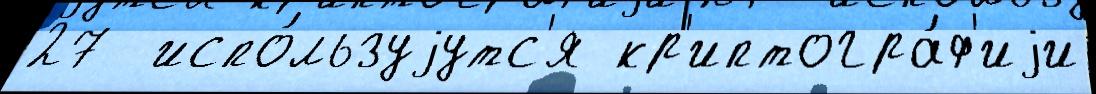
27  испо́льзуjутс'я кр'иптогра́ф'иjи